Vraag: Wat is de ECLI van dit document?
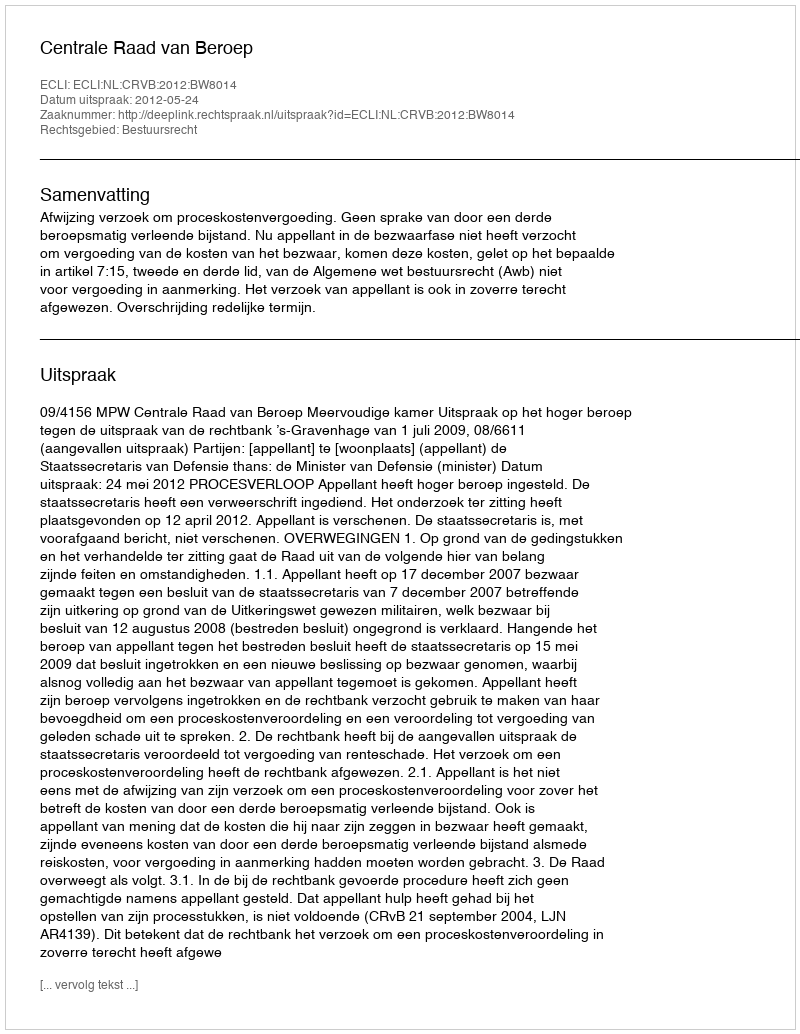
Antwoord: ECLI:NL:CRVB:2012:BW8014